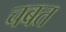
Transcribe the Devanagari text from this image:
चबत